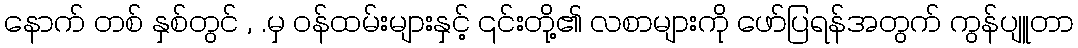
နောက် တစ် နှစ်တွင် , .မှ ဝန်ထမ်းများနှင့် ၎င်းတို့၏ လစာများကို ဖော်ပြရန်အတွက် ကွန်ပျူတာ